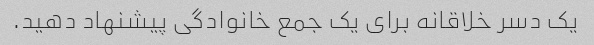
یک دسر خلاقانه برای یک جمع خانوادگی پیشنهاد دهید.